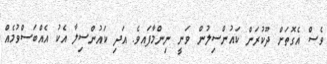
ވެސް އެގޮތަށް ދޫކުރަން ކައުންސިލުން ވަނީ ނިންމާފައވެެ. އަދި ކައުންސިލާ އެކު އެއްބަސްވުމެއް